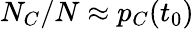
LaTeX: N_{C}/N\approx p_{C}(t_{0})